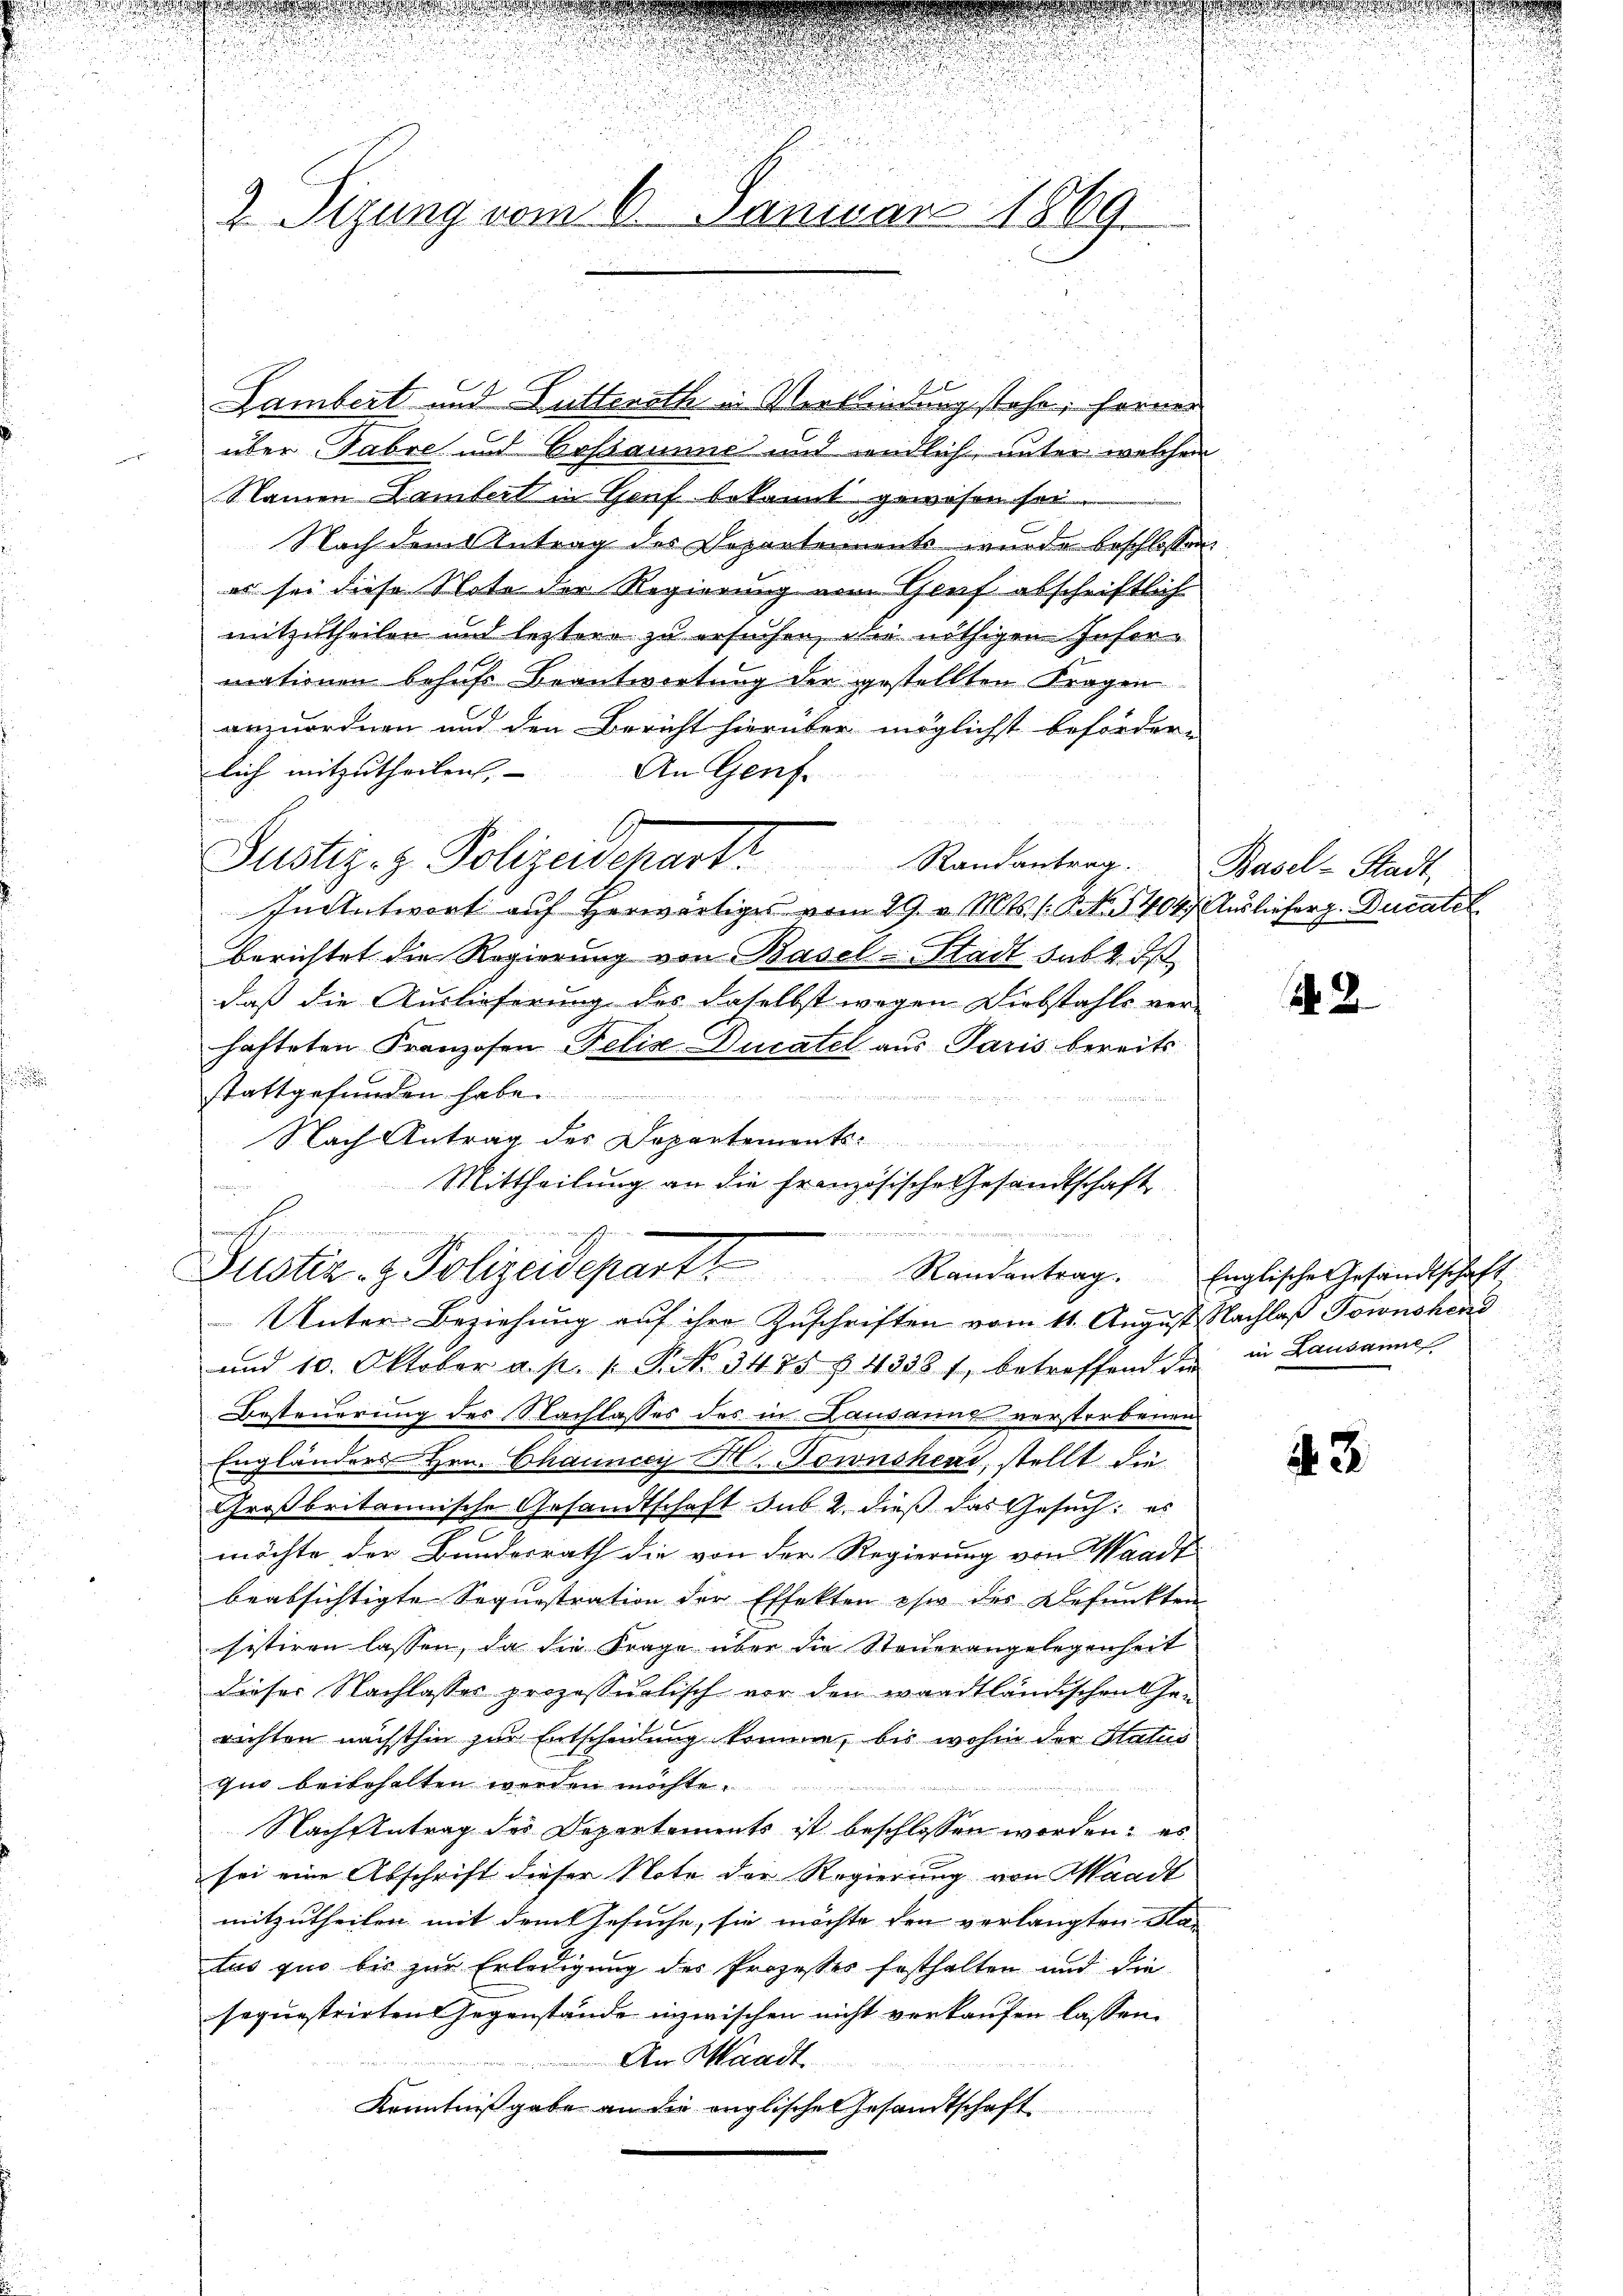
.

u
2 Sizung vom 6. Januar 1869.

Lambert und Futterath in Verbindung stehe, ferner
über Tabre und Cassaume und endlich, unter welchen
Namen Lambert in Genf bekannt gewesen sei.
Nach dem Antrag des Departennents wurde beschlossen:
es sei diese Note der Regierung vom Graf abschriftlich
mitzutheilen und leztere zu ersuchen, die nöthigen Informationen behufs Beantwortung der gestellten Fragen
anzuordnen und den Bericht hierüber möglichst beförder-
lich mitzutheilen,
An Genf.
u
Justiz- & Polizeidepart Randantrag. Basel-Stadt,
In Antwort auf herwärtiges vom 29. v. Mts. Z. 1404 Auslieferg. Ducatel
berichtet die Regierung von Basel-Stadt sub 2. ds
daß die Auslieferung des daselbst wegen Diebstahls ver-
hafteten Franzosen-Felix Ducatel aus Paris bereits
stattgefunden habe.
Nach Antrag des Departemente
u
Mittheilung an die Französische Gesandtschaft
.
e

Unter Beziehung auf ihre Zuschriften vom 11. August Nachlaß Townshend
und 10. Oktober a. p. 1. P. Nr. 3475 § 43381, betreffend die in Lausanne
Besteuerung des Nachlasses des in Lausanns verstorbenen
Engländers Hrn. Chaunccy lt. Downshens, stellt die
Großbritannische Gesandtschaft sub. 2. dieß das Gesuch: es
möchte der Bundesrath die von der Regierung von Waadt
beabsichtigte Sequestration der Effekten ehe der Befunkten
sistiren lassen, da die Frage über die Steuerangelegenheit
dieser Nachlasses prozessualisch vor den waadtländischen Hanrichten nächsthin zur Entscheidung komme, bis wohin der Status
quo beibehalten werden möchte.

Nach Antrag der Departements ist beschlossen worden: es
sei eine Abschrift dieser Note der Regierung von Waadt
mitzutheilen mit dem Gesuche, sie möchte den verlangten Sta-
tus quo bis zur Erledigung des Prozesses Ersthalten und die
sequestrirten Gegenstände inzwischen nicht verkaufen lassen,
An Waadt
Kenntnißgabe an die englische Gesandtschaft

Zustiz- & Polizeidepart Randantrag. Englische Gesandtschaft
e

N 2

43

e